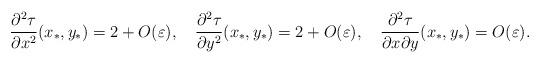
LaTeX: \begin{align*}\frac{\partial^{2}\tau}{\partial x^{2}}(x_*,y_*)=2+O(\varepsilon),\ \ \ \frac{\partial^{2}\tau}{\partial y^{2}}(x_*,y_*)=2+O(\varepsilon),\ \ \ \frac{\partial^{2}\tau}{\partial x\partial y}(x_*,y_*)=O(\varepsilon).\end{align*}